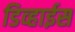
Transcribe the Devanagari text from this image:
डिव्हाईस